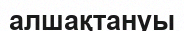
алшақтануы